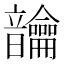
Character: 𬰾